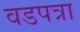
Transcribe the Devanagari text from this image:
वडपत्रा